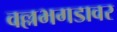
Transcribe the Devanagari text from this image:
वल्लभगडावर